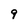
Character: 9